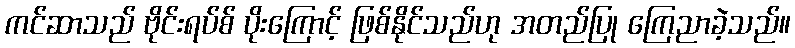
ကင်ဆာသည် ဗိုင်းရပ်စ် ပိုးကြောင့် ဖြစ်နိုင်သည်ဟု အတည်ပြု ကြေညာခဲ့သည်။